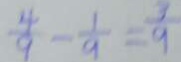
\frac { 4 } { 9 } - \frac { 1 } { 9 } = \frac { 3 } { 9 }